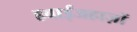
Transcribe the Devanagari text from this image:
हवाईजहाज़ों